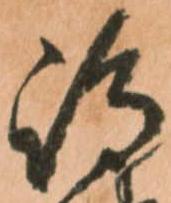
嶋